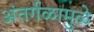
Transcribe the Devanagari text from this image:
अंतर्गळामुळे